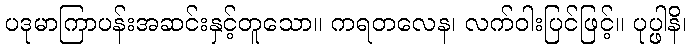
ပဒုမာကြာပန်းအဆင်းနှင့်တူသော။ ကရတလေန၊ လက်ဝါးပြင်ဖြင့်။ ပုပ္ဖါနိ၊